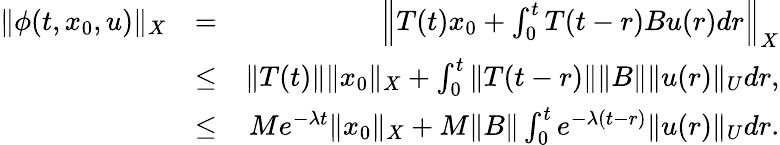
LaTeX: \begin{array}{rlr}{\| \phi(t,x_{0},u)\| _{X}}&{=}&{\Big\| T(t)x_{0}+\int_{0}^{t}{T(t-r)Bu(r)dr}\Big\| _{X}}\\ &{\leq}&{\| T(t)\| \| x_{0}\| _{X}+\int_{0}^{t}{\| T(t-r)\| \| B\| \| u(r)\| _{U}dr},}\\ &{\leq}&{Me^{-\lambda t}\| x_{0}\| _{X}+M\| B\| \int_{0}^{t}{e^{-\lambda(t-r)}\| u(r)\| _{U}dr}.}\end{array}